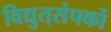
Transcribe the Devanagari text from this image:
विद्युत्‌संपर्को